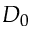
D _ { 0 }